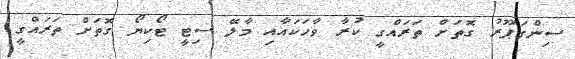
ސިންގަޕޫރު ގޮތަށް ތަރައްގީ ކުރާ ވާހަކައާއި މާލޭ ސިޓީ ޓޯކިޔޯ ގޮތަށް ތަރައްގީ